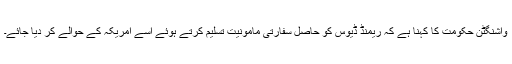
واشنگٹن حکومت کا کہنا ہے کہ ریمنڈ ڈیوس کو حاصل سفارتی مامونیت تسلیم کرتے ہوئے اسے امریکہ کے حوالے کر دیا جائے۔